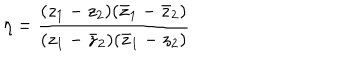
LaTeX: \eta = \frac { ( z _ { 1 } - z _ { 2 } ) ( \bar { z } _ { 1 } - \bar { z } _ { 2 } ) } { ( z _ { 1 } - \bar { z } _ { 2 } ) ( \bar { z } _ { 1 } - z _ { 2 } ) }